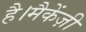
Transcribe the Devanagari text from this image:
है।मैकेंज़ी